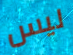
ليس